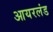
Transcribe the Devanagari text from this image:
आयरलंड